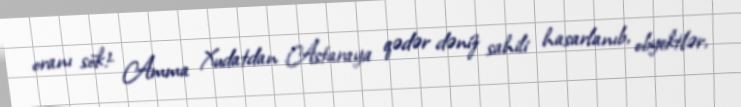
oranı sök!- Amma Xudatdan Astaraya qədər dəniz sahili hasarlanıb, obyektlər,